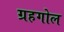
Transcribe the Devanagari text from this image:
ग्रहगोल